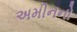
અમીનનો